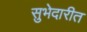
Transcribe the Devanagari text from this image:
सुभेदारीत